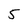
Character: 5